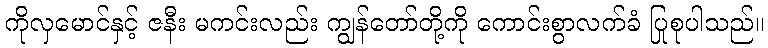
ကိုလှမောင်နှင့် ဇနီး မကင်းလည်း ကျွန်တော်တို့ကို ကောင်းစွာလက်ခံ ပြုစုပါသည်။